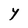
Character: Y